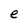
Character: e